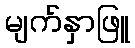
မျက်နှာဖြူ